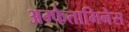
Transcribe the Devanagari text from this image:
अम्फेतामिनेस